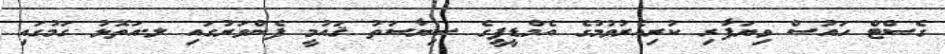
ގެސްޓް ހައުސް ވިޔަފާރި ކުރިއެރުވުމުގެ އެމްޑީޕީގެ ސިޔާސަތު ޤައުމީ ފެންވަރުގައި ލ.އަތޮޅު ގަމުގައި